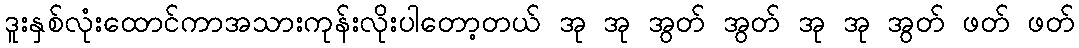
ဒူးနှစ်လုံးထောင်ကာအသားကုန်းလိုးပါတော့တယ် အု အု အွတ် အွတ် အု အု အွတ် ဖတ် ဖတ်